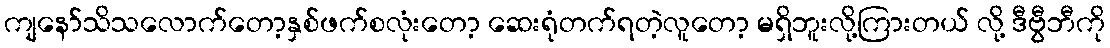
ကျနော်သိသလောက်တော့နှစ်ဖက်စလုံးတော့ ဆေးရုံတက်ရတဲ့လူတော့ မရှိဘူးလို့ကြားတယ် လို့ ဒီဗွီဘီကို